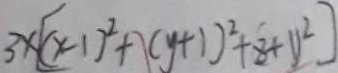
3 x [ ( x - 1 ) ^ { 2 } + ( y + 1 ) ^ { 2 } + 8 + y ^ { 2 } ]